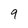
Character: 9